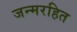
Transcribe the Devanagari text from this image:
जन्मरहित